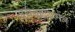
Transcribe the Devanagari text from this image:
जयनदिवर्मन्